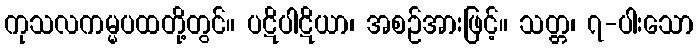
ကုသလကမ္မပထတို့တွင်။ ပဋိပါဋိယာ၊ အစဉ်အားဖြင့်။ သတ္တ၊ ၇-ပါးသော